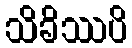
သိခိဿပိ